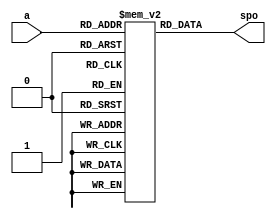
module imem(
    input [10:0] a,
    output [31:0] spo
    
);
reg [31:0] mem [8096:0];

initial
begin
//   mem[0]=32'h3c1d1001;
//   mem[1]=32'h37bd0004;

end

assign spo=mem[a];

endmodule //imem